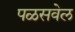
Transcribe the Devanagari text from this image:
पळसवेल